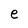
Character: e